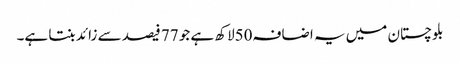
بلوچستان میں یہ اضافہ50لاکھ ہے جو 77 فیصد سے زائد بنتا ہے۔